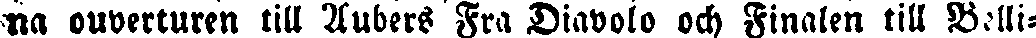
na ouverturen till Aubers Fra Diavolo och Finalen till Belli-